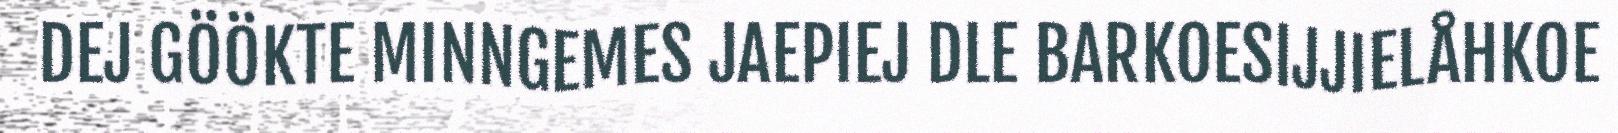
DEJ GÖÖKTE MINNGEMES JAEPIEJ DLE BARKOESIJJIELÅHKOE